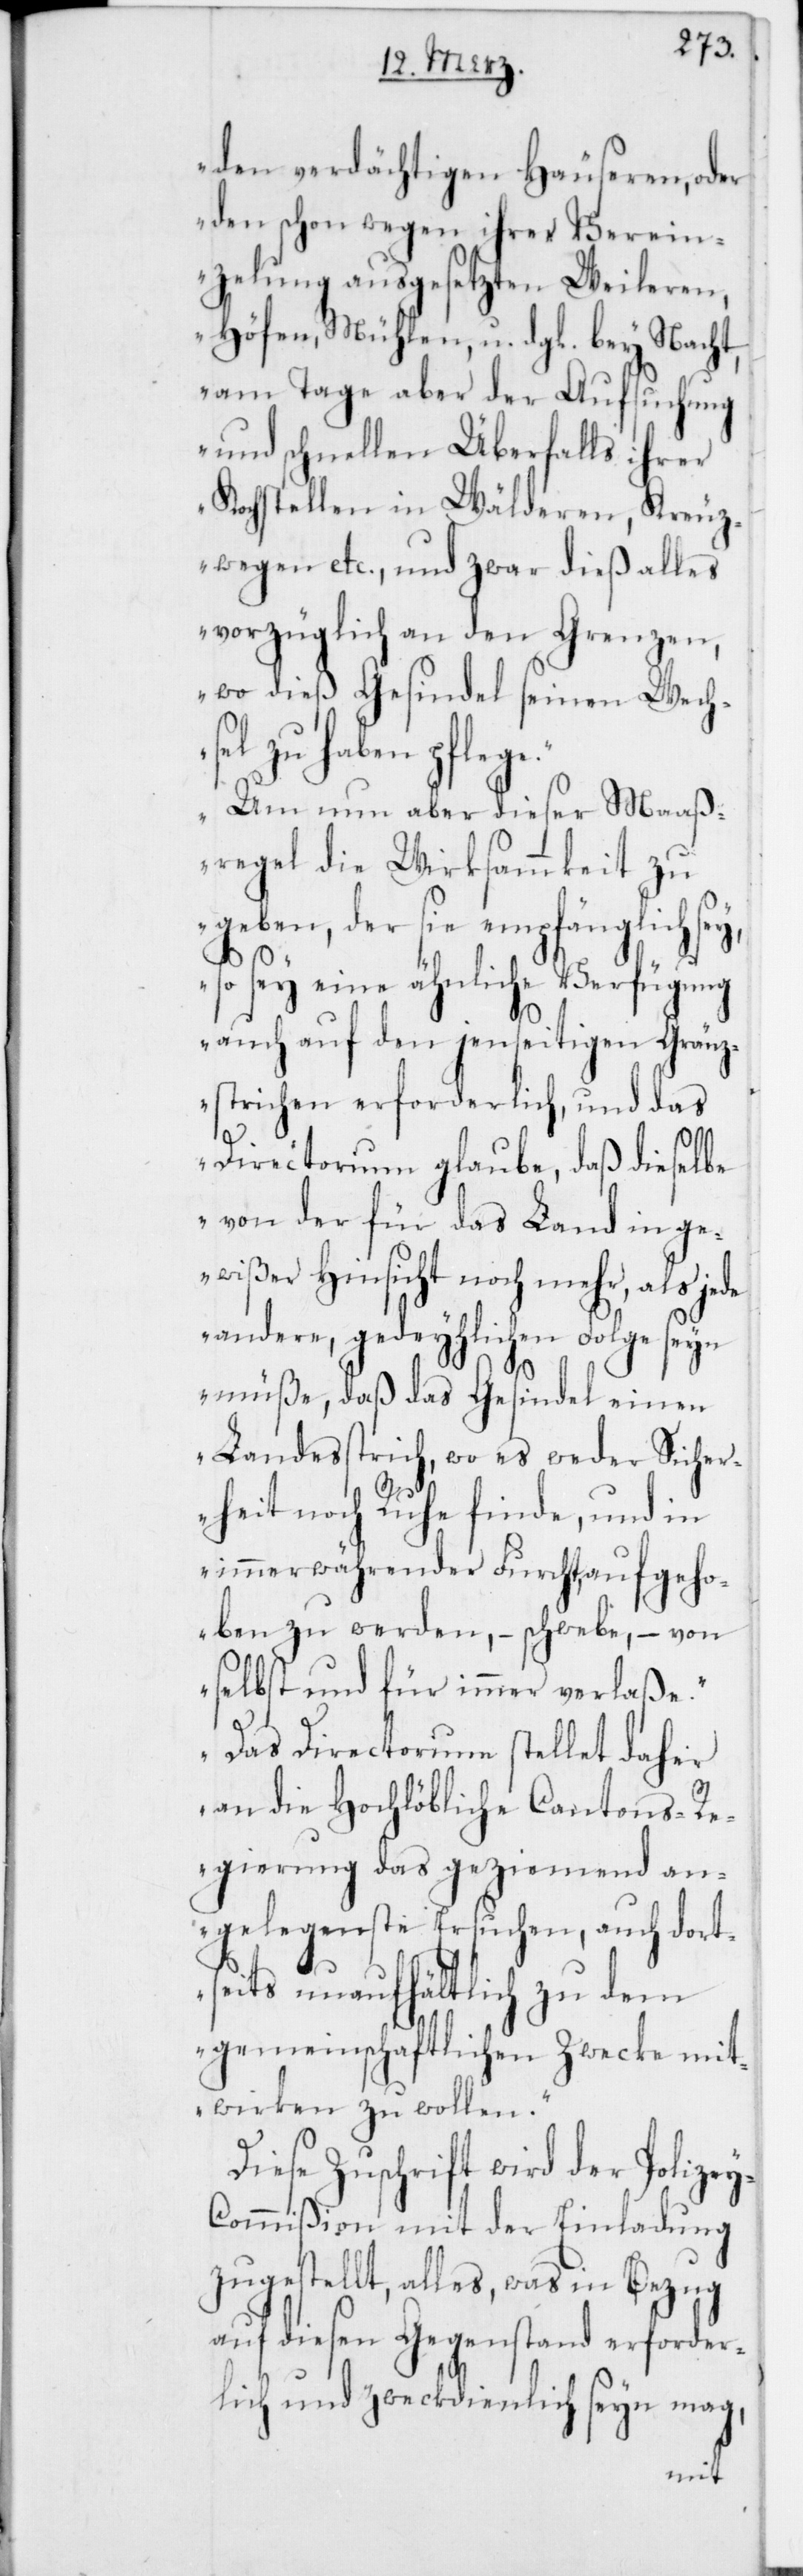
den verdächtigen Häuseren, oder
den schon wegen ihrer Verein¬
zelung ausgesetzten Weileren,
Höfen, Mühlen, u. dgl. bey Nacht,
am Tage aber der Aufsuchung
und schnellen Überfalls ihrer
Kochstellen in Wälderen, Kreuz¬
wegen etc., und zwar dieß alles
vorzüglich an den Grenzen,
wo dieß Gesindel seinen Wechs¬
el zu haben pflege.
Um nun aber dieser Maaß¬
regel die Wirksammkeit zu
geben, der sie empfänglich
so sey eine ähnliche Verfügung
auch auf den jenseitigen Gränz¬
strichen erforderlich, und das
de
Directorium glaube, daß dieselbe
von der für das Land in ge¬
wißer Hinsicht noch mehr, als je¬
andere, gedeyhlichen Folge seyn
y-C¬
müße, daß das Gesindel einen
Landesstrich, wo es weder Sicher¬
heit noch Ruhe finde, und in
immerwährender Furcht, aufgeho¬
ben zu werden, – schwebe, – von
selbst und für immer verlaße.
Das Directorium stellet daher
an die Hochlöbliche Cantons-R¬
egierung das geziemend an¬
gelegenste Ersuchen, auch dort¬
seits unaufhältlich zu dem
gemeinschaftlichen Zwecke mit¬
wirken zu wollen.“
Diese Zuschrift wird der Polize¬
ommißion mit der Einladung
zugestellt, alles, was in Bezug
auf diesen Gegenstand erforder¬
lich und zweckdienlich seyn mag,